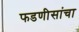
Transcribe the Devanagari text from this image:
फडणीसांचा